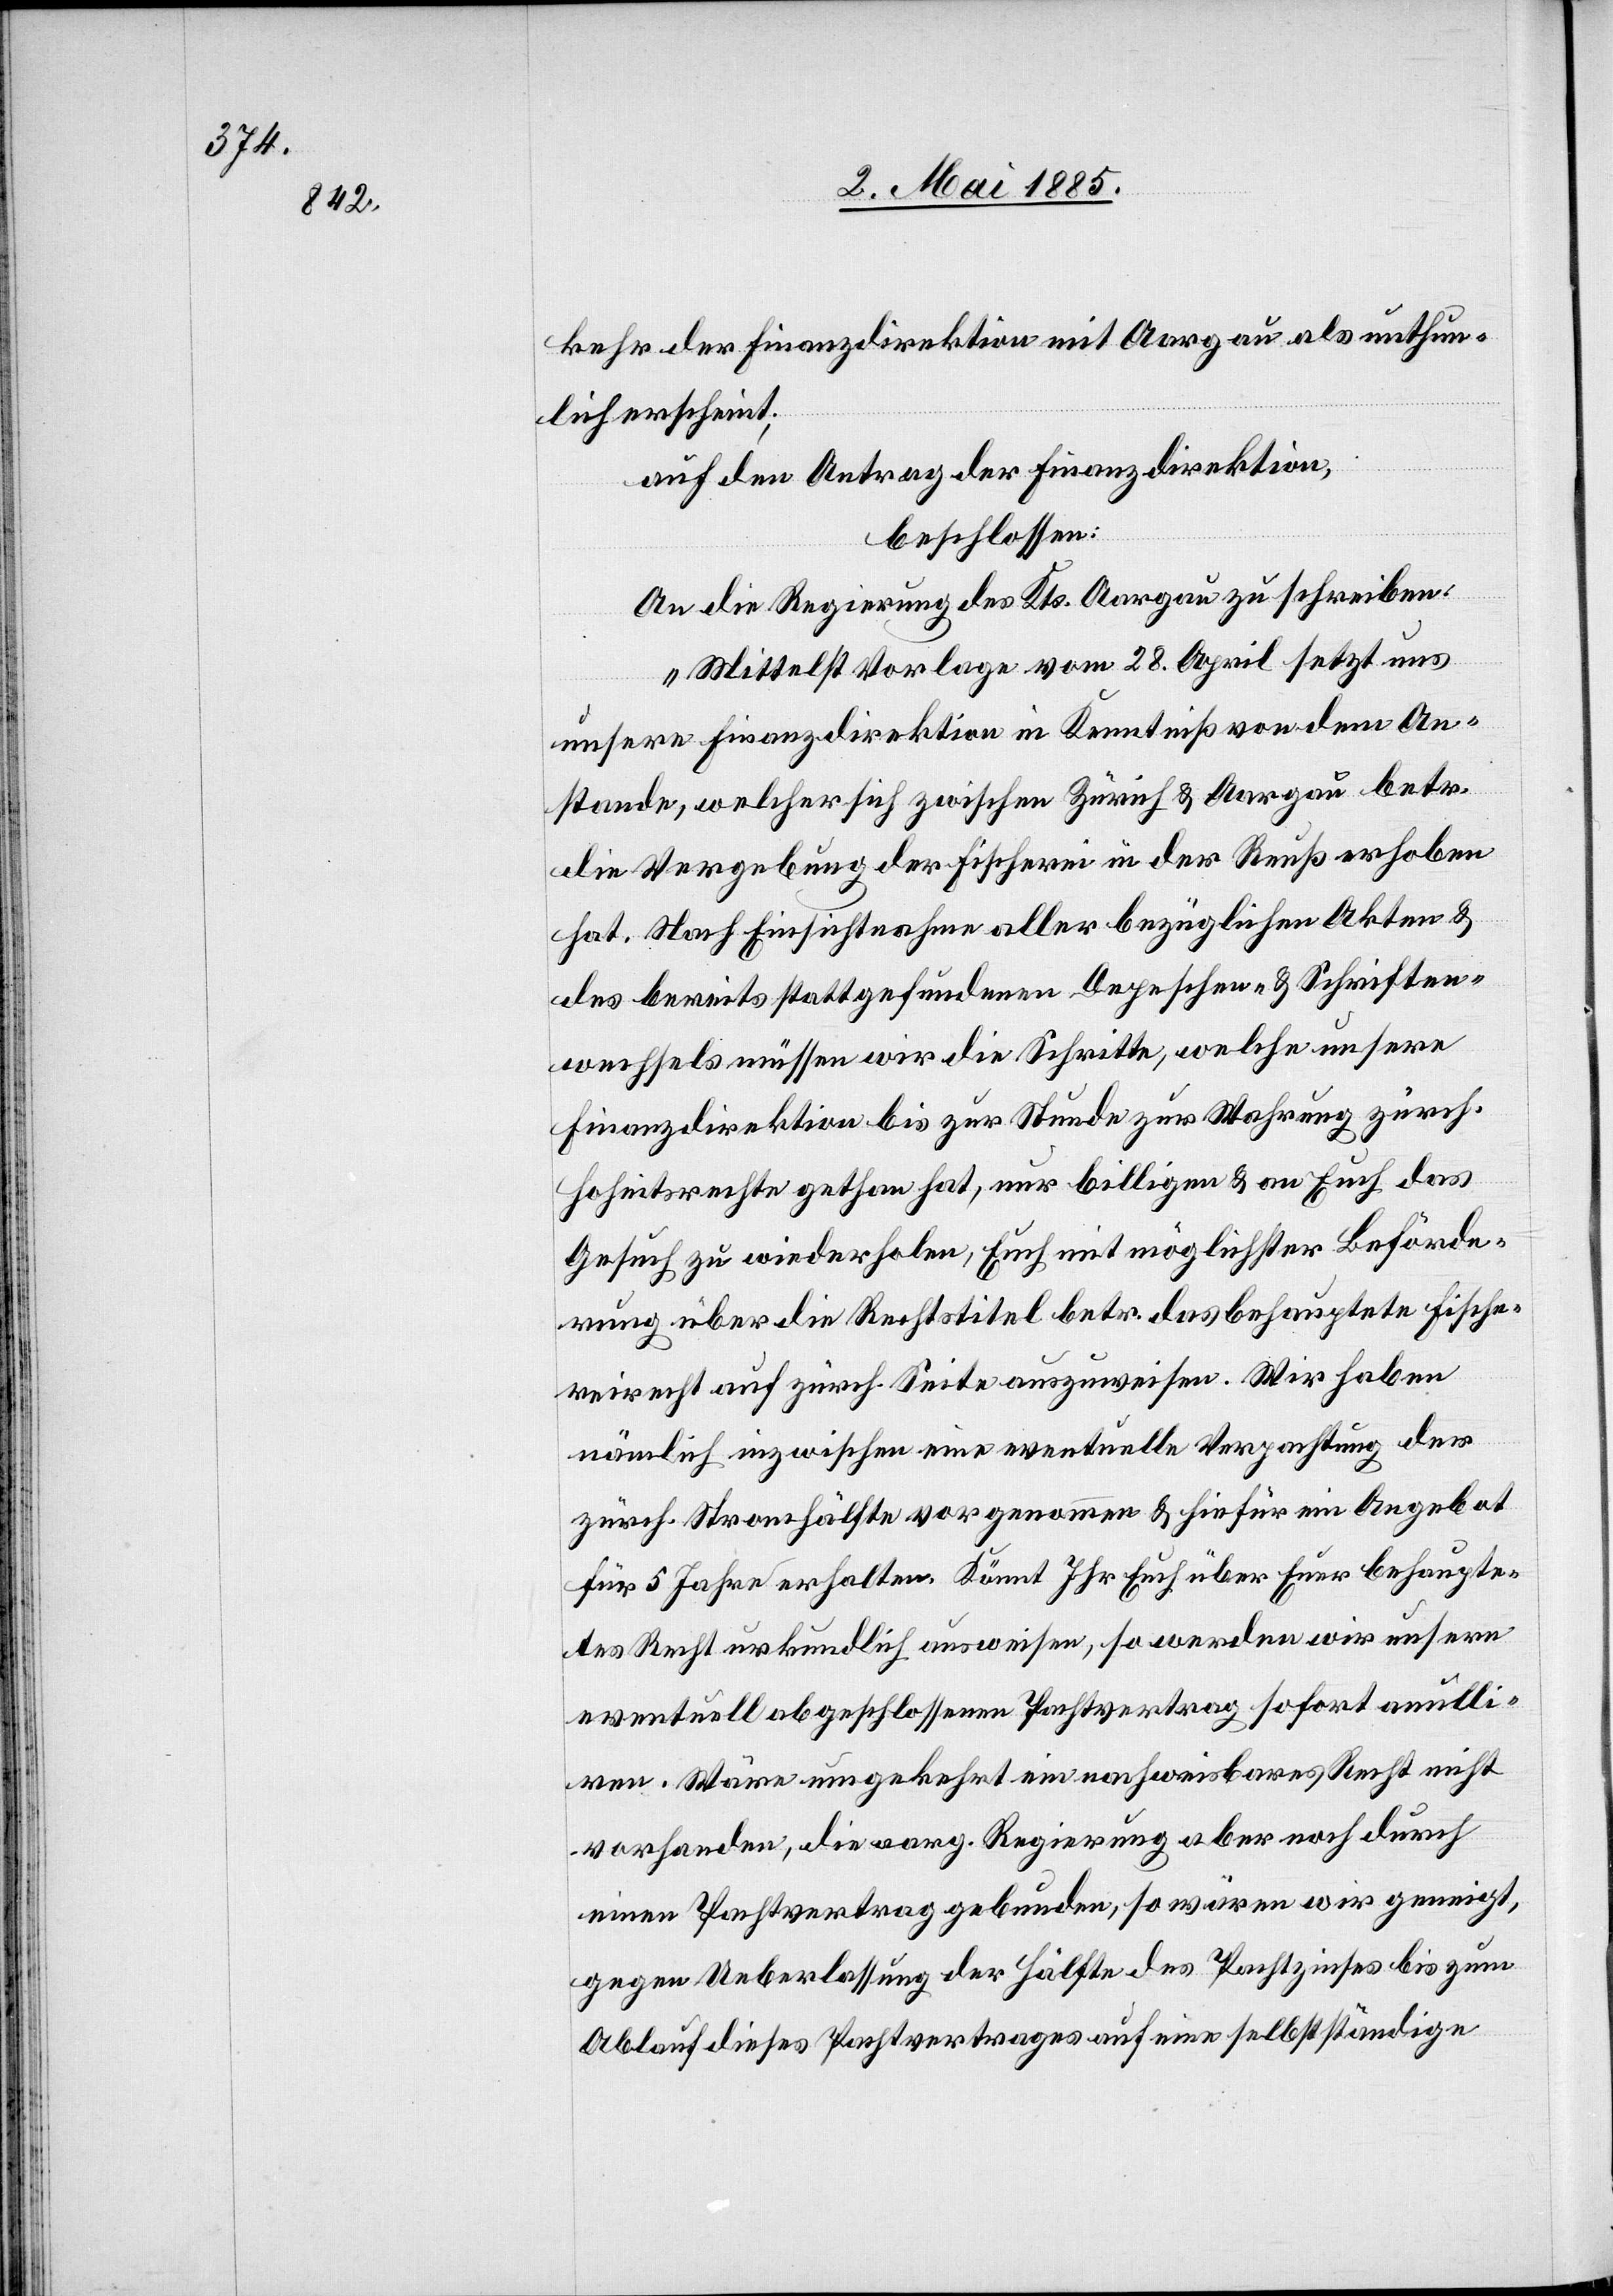
kehr der Finanzdirektion mit Aargau als unthun¬
lich erscheint.
auf den Antrag der Finanzdirektion,
beschlossen:
An die Regierung des Kts. Aargau zu schreiben:
„Mittelst Vorlage vom 28. April setzt uns
unsere Finanzdirektion in Kenntniß von dem An¬
stande, welcher sich zwischen Zürich & Aargau betr.
die Vergebung der Fischerei in der Reuß erhoben
hat. Nach Einsichtnahme aller bezüglichen Akten &
des bereits stattgefundenen Depeschen- & Schriften¬
wechsels müssen wir die Schritte, welche unsere
Finanzdirektion bis zur Stunde zur Wahrung zürch.
Hoheitsrechte gethan hat, nur billigen & an Euch das
Gesuch zu wiederholen, Euch mit möglichster Beförde¬
rung über die Rechtstitel betr. das behauptete Fischer¬
eirecht auf zürch. Seite auszuweisen. Wir haben
nämlich inzwischen eine eventuelle Verpachtung der
zürch. Stromhälfte vorgenommen & hiefür ein Angebot
für 5 Jahre erhalten. Könnt Ihr Euch über Euer behaupte¬
tes Recht urkundlich ausweisen, so werden wir unsern
eventuell abgeschlossenen Pachtvertrag sofort annulli¬
ren. Wäre umgekehrt ein nachweisbares Recht nicht
vorhanden, die aarg. Regierung aber noch durch
einen Pachtvertrag gebunden, so wären wir geneigt,
gegen Ueberlassung der Hälfte des Pachtzinses bis zum
Ablauf dieses Pachtvertrages auf eine selbstständige